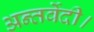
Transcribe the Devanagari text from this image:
अन्तर्वेदी।